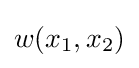
w(x_{1},x_{2})